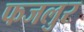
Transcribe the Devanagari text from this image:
फजलुर